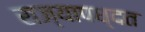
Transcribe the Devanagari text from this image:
राज्यापध्दत